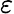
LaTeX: \varepsilon